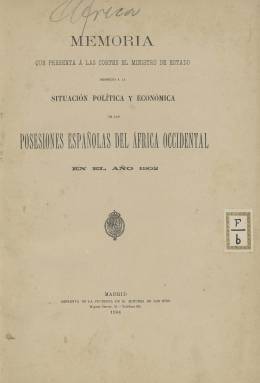
Título: Memoria que presenta a las Cortes el Ministro de Estado respecto á la situación política y económica de las posesiones españolas del Africa Occidental
Otros títulos: Memoria referente a la situación política y económica de las posesiones españolas del África Occidental, 1916/1918 || A las Cortes, memoria referente a la situación política y económica de las posesiones españolas del África Occidental, 1916/1918
Colección: Anuarios e informes
Ámbito geográfico: Madrid
Lugar de publicación: Madrid
Fechas: 01/01/1902-31/12/1916